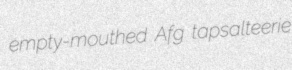
empty-mouthed Afg tapsalteerie